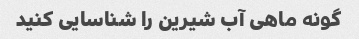
گونه ماهی آب شیرین را شناسایی کنید